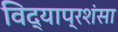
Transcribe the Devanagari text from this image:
विद्याप्रशंसा